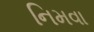
નિમવા